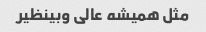
مثل همیشه عالی وبینظیر